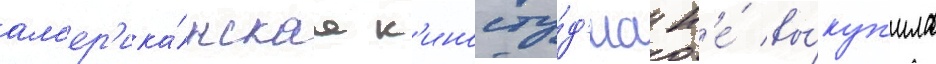
ам'ер'ика́нскаа к'иносту́д'иа н'е́ вы́куп'ила